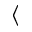
\langle